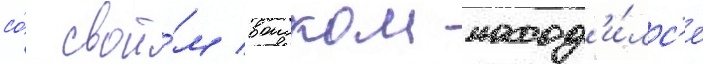
со́ свои́м воиском наход'и́лс'я